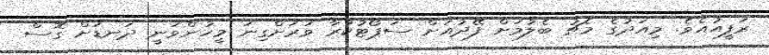
ރަފީއުއެވެ. މިއަދުގެ މެޗު ބެލުމަށް ފޭދުއަށް ސަޕޯޓުކުރާ ވަރަށްގިނަ މީހުންވަނީ ދަނޑަށް ގޮސް